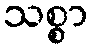
သစ္စာ